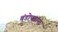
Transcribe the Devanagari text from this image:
बंडोपतांना